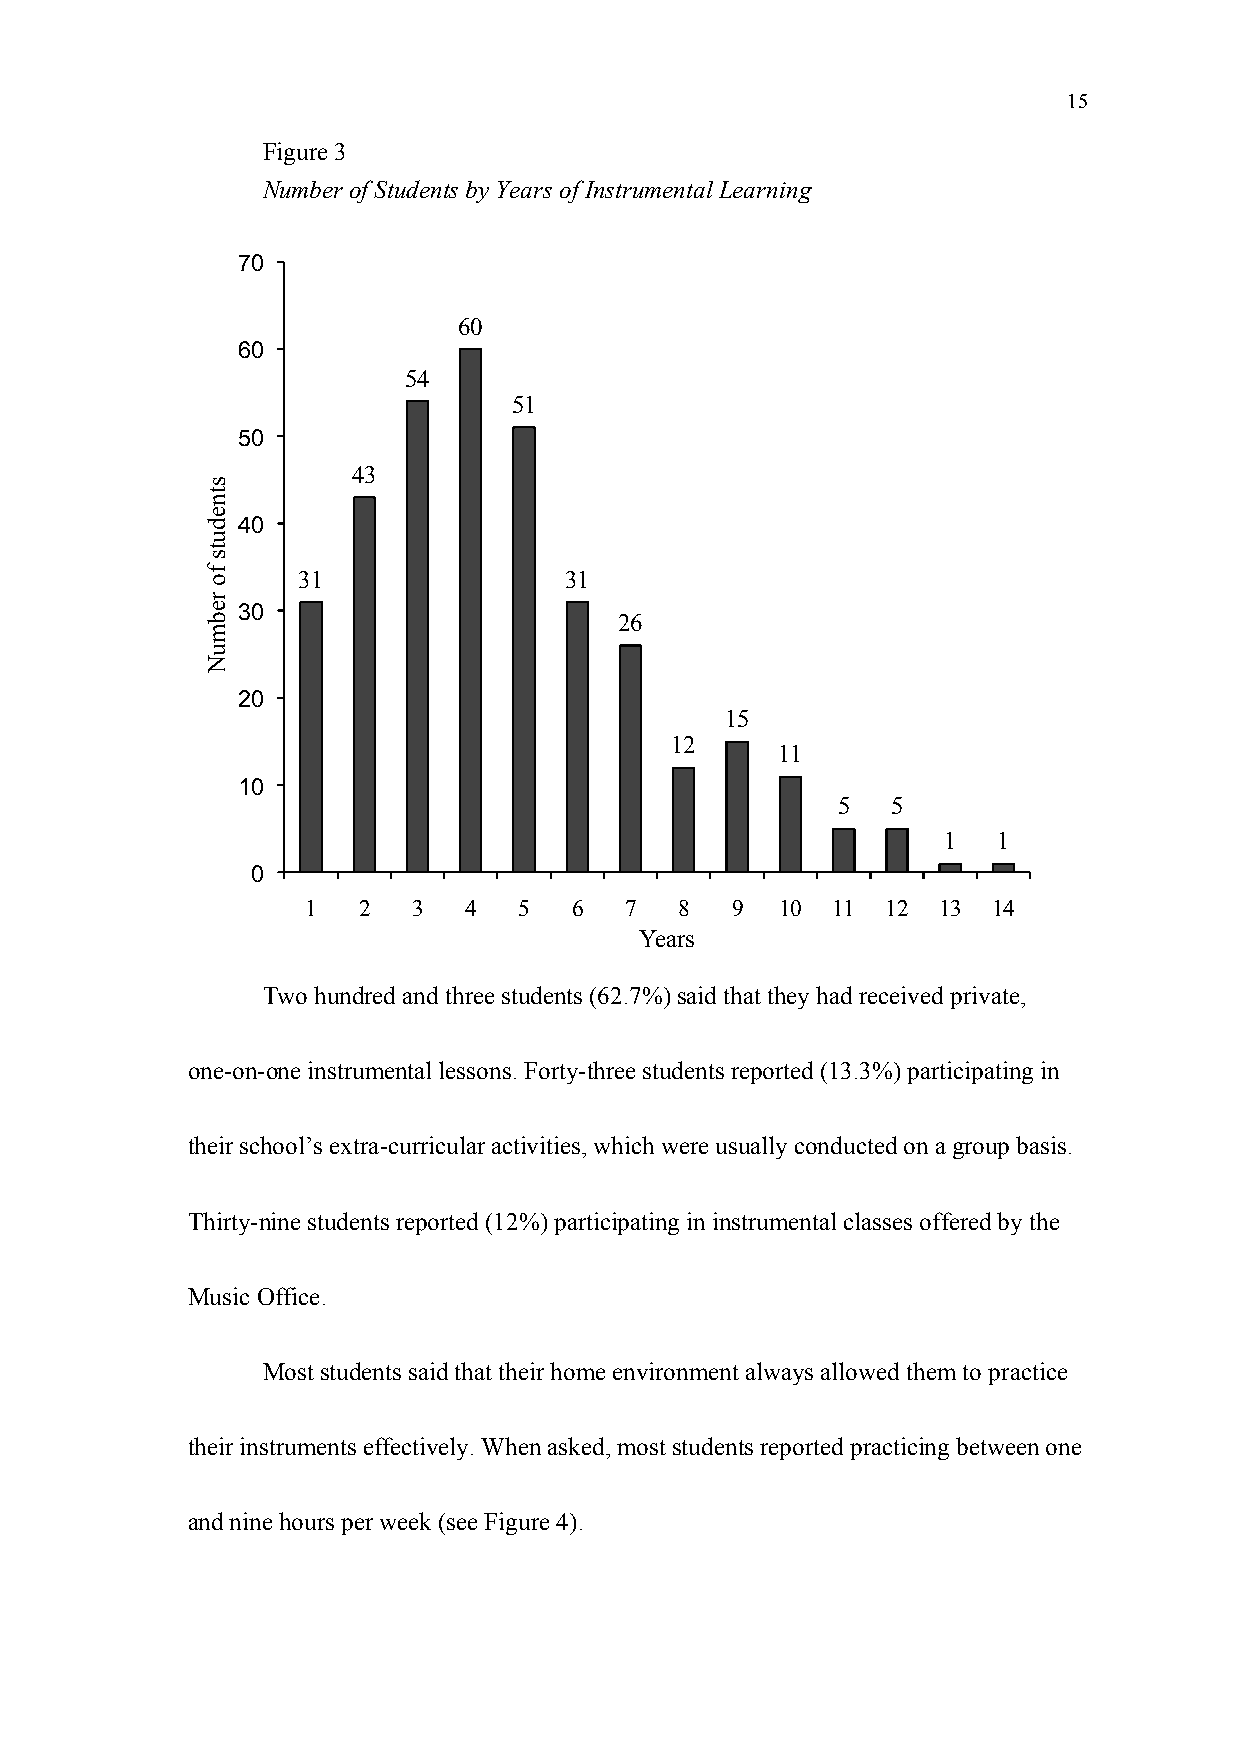
15
 Figure 3
 Number of Students by Years of Instrumental Learning
 70
 60
 60
 54
 51
 50
 43
 40
 31               31
 30
 26
 20
 15
 12
 11
 10
 5   5
 1   1
 0
 1   2  3   4  5   6  7   8  9   10 11  12 13  14
 Years
 Two hundred and three students (62.7%) said that they had received private,
 one-on-one instrumental lessons. Forty-three students reported (13.3%) participating in
 their school’s extra-curricular activities, which were usually conducted on a group basis.
 Thirty-nine students reported (12%) participating in instrumental classes offered by the
 Music Office.
 Most students said that their home environment always allowed them to practice
 their instruments effectively. When asked, most students reported practicing between one
 and nine hours per week (see Figure 4).
 stneduts
 fo
 rebmuN